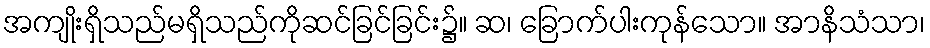
အကျိုးရှိသည်မရှိသည်ကိုဆင်ခြင်ခြင်း၌။ ဆ၊ ခြောက်ပါးကုန်သော။ အာနိသံသာ၊